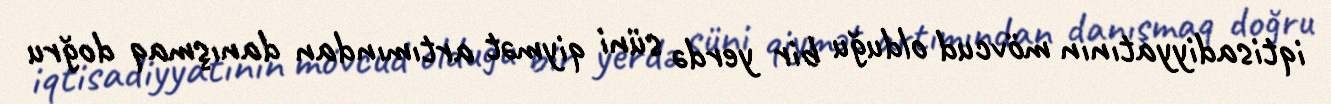
iqtisadiyyatının mövcud olduğu bir yerdə süni qiymət artımından danışmaq doğru